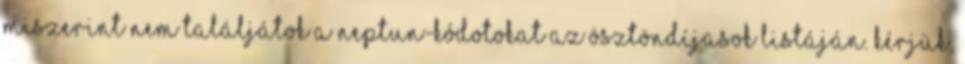
miszerint nem találjátok a Neptun-kódotokat az ösztöndíjasok listáján. Kérjük,